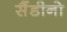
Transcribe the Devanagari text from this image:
सैंडीनो